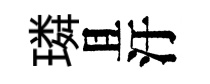
璘且汙